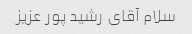
سلام آقای رشید پور عزیز